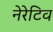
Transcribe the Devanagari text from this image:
नेरेटिव